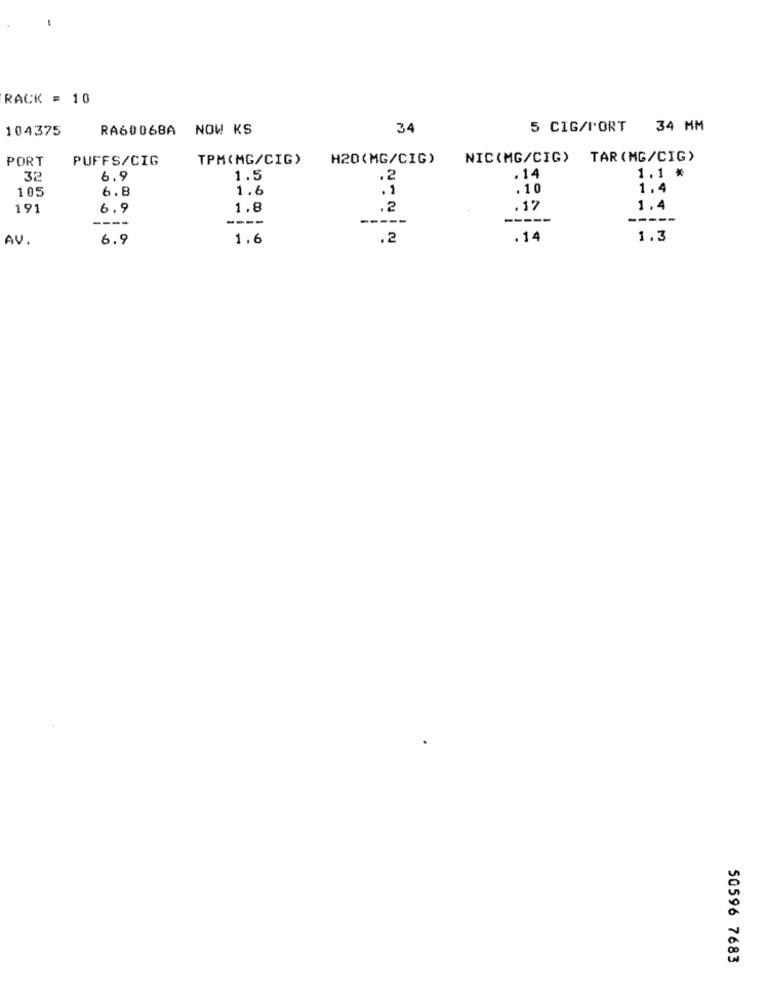
RACK = 10
104375
RA60068A NOW KS
34
5 CIG/PORT 34 MM
PORT
PUFFS/CIG
TPM(MG/CIG)
H20(MG/CIG)
NIC(MG/CIG)
TAR (MG/CIG)
32
6.9
1.5
.2
. 14
1.1 *
105
6.8
1.6
. 1
.10
1.4
191
6.9
1.8
.2
.17
1.4
----
----
----
-----
-----
AV.
6.9
1.6
.2
.14
1.3
50596 7683